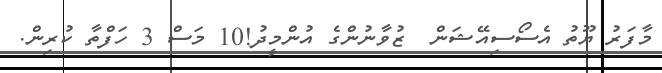
މާފަރު ޔޫތު އެސޯސިއޭޝަން  ޒުވާނުންގެ އުންމީދު!10 މަސް 3 ހަފްތާ ކުރިން.